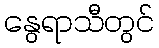
နွေရာသီတွင်